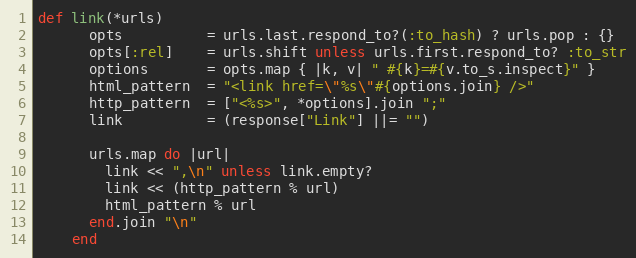
Language: Ruby
def link(*urls)
      opts          = urls.last.respond_to?(:to_hash) ? urls.pop : {}
      opts[:rel]    = urls.shift unless urls.first.respond_to? :to_str
      options       = opts.map { |k, v| " #{k}=#{v.to_s.inspect}" }
      html_pattern  = "<link href=\"%s\"#{options.join} />"
      http_pattern  = ["<%s>", *options].join ";"
      link          = (response["Link"] ||= "")

      urls.map do |url|
        link << ",\n" unless link.empty?
        link << (http_pattern % url)
        html_pattern % url
      end.join "\n"
    end